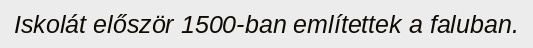
Iskolát először 1500-ban említettek a faluban.